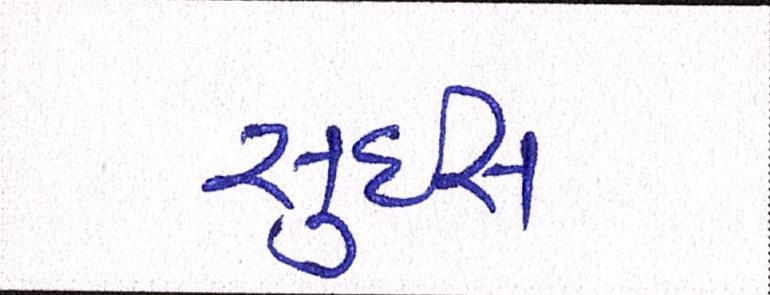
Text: સુઇસ